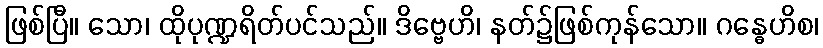
ဖြစ်ပြီ။ သော၊ ထိုပုဏ္ဍရိတ်ပင်သည်။ ဒိဗ္ဗေဟိ၊ နတ်၌ဖြစ်ကုန်သော။ ဂန္ဓေဟိစ၊